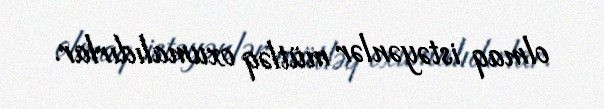
olmaq istəyənlər mütləq oxumalıdırlar.